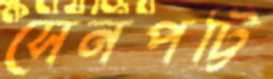
সেনপট্টি